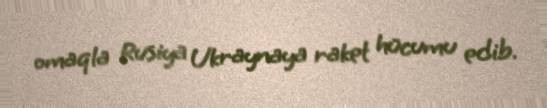
omaqla Rusiya Ukraynaya raket hücumu edib.